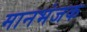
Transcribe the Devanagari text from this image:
मानभंजक